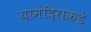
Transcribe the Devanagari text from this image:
यामंदिराकडे